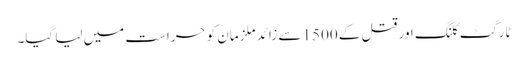
ٹارگٹ کلنگ اور قتل کے 1500 سے زائد ملزمان کو حراست میں لیا گیا۔